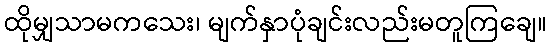
ထိုမျှသာမကသေး၊ မျက်နှာပုံချင်းလည်းမတူကြချေ။